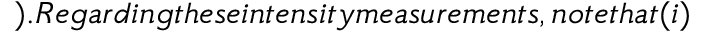
) . R e g a r d i n g t h e s e i n t e n s i t y m e a s u r e m e n t s , n o t e t h a t ( i )